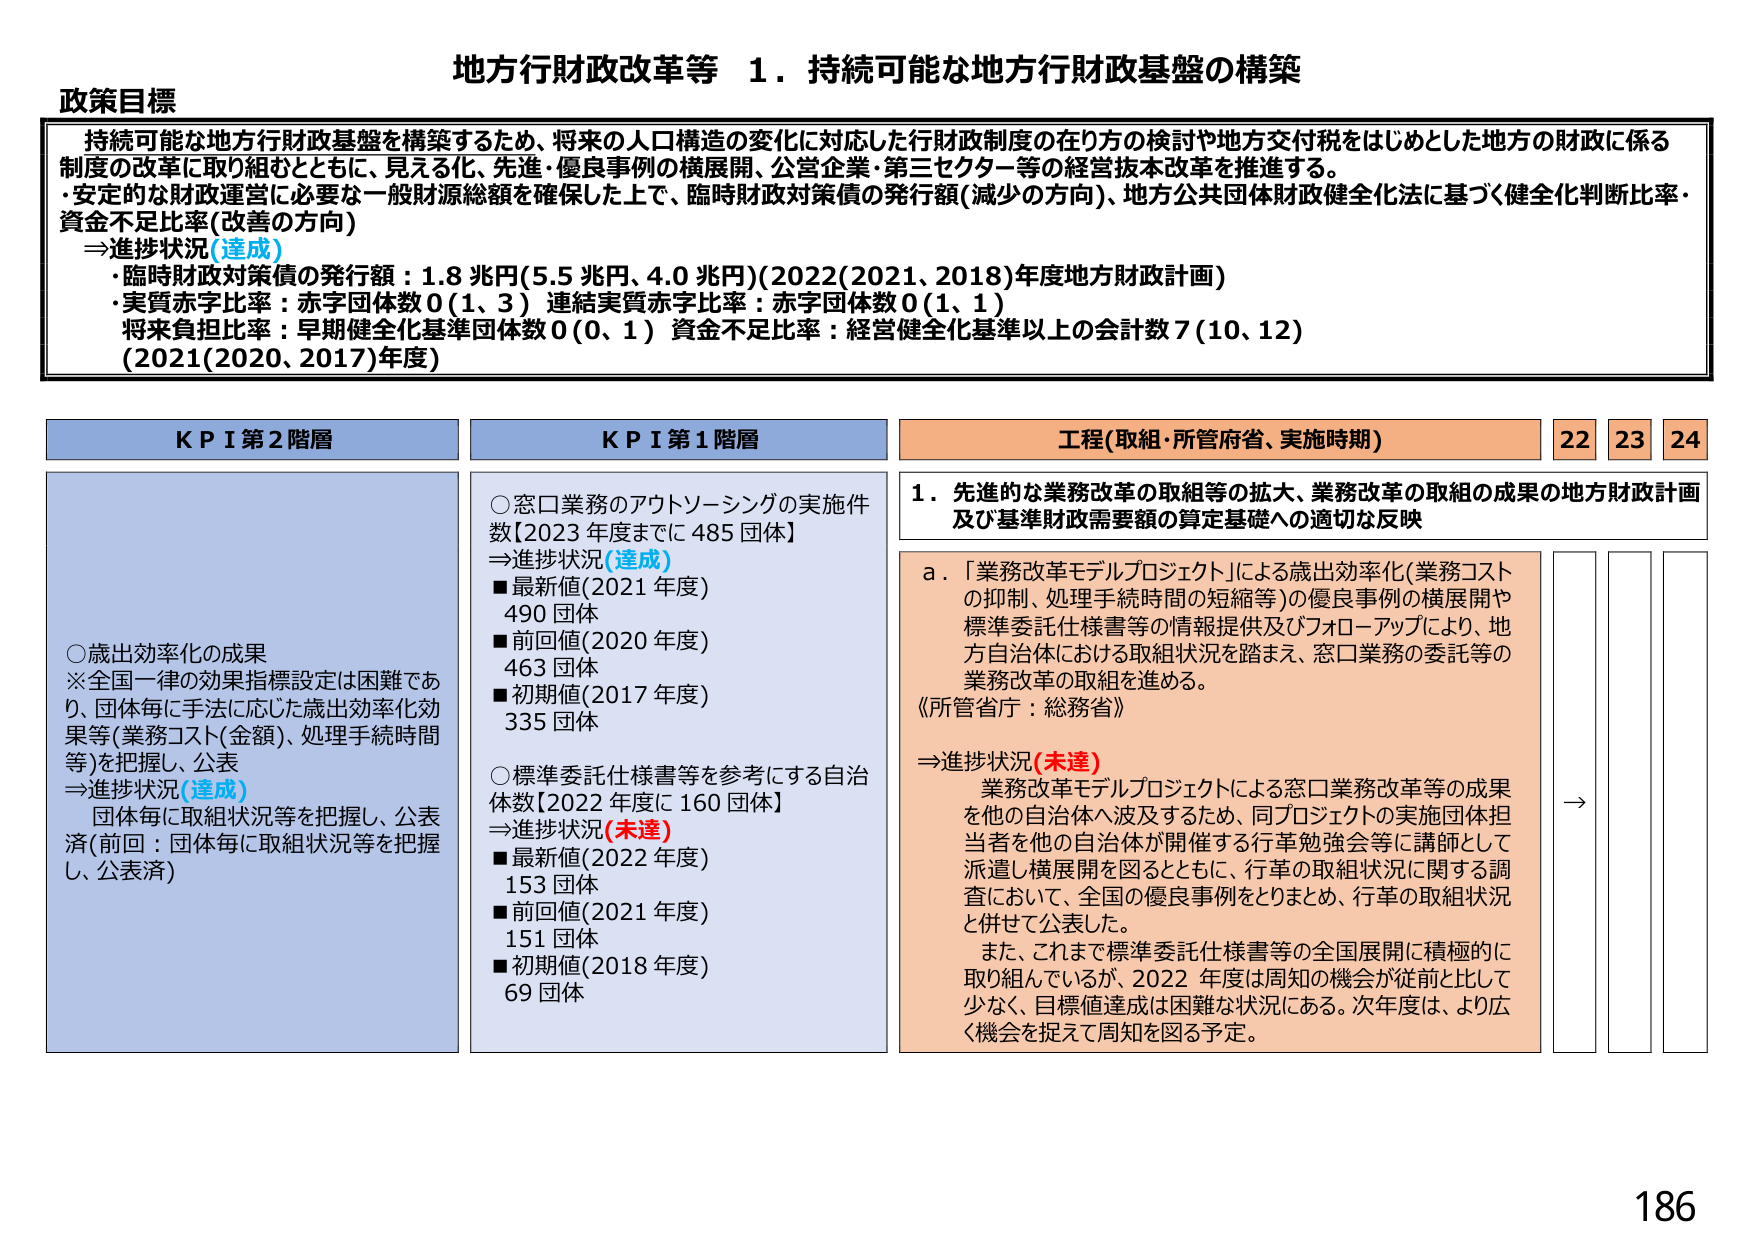
地方行財政改革等 1．持続可能な地方行財政基盤の構築

政策目標
持続可能な地方行財政基盤を構築するため、将来の人口構造の変化に対応した行財政制度の在り方の検討や地方交付税をはじめとした地方の財政に係る制度の改革に取り組むとともに、見える化、先進・優良事例の横展開、公営企業・第三セクター等の経営抜本改革を推進する。
・安定的な財政運営に必要な一般財源総額を確保した上で、臨時財政対策債の発行額（減少の方向）、地方公共団体財政健全化法に基づく健全化判断比率・資金不足比率（改善の方向）
⇒進捗状況（達成）
・臨時財政対策債の発行額：1.8 兆円（5.5 兆円、4.0 兆円）（2022（2021、2018）年度地方財政計画）
・実質赤字比率：赤字団体数 0（1、3） 連結実質赤字比率：赤字団体数 0（1、1）
将来負担比率：早期健全化基準団体数 0（0、1） 資金不足比率：経営健全化基準以上の会計数 7（10、12）
（2021（2020、2017）年度）

KPI 第2階層
○歳出効率化の成果
※全国一律の効果指標設定は困難であり、団体毎に手法に応じた歳出効率化効果等（業務コスト（金額）、処理手続時間等）を把握し、公表
⇒進捗状況（達成）
団体毎に取組状況等を把握し、公表済（前回：団体毎に取組状況等を把握し、公表済）

KPI 第1階層
○窓口業務のアウトソーシングの実施件数【2023 年度までに 485 団体】
⇒進捗状況（達成）
■最新値（2021 年度） 490 団体
■前回値（2020 年度） 463 団体
■初期値（2017 年度） 335 団体

○標準委託仕様書等を参考にする自治体数【2022 年度に 160 団体】
⇒進捗状況（未達）
■最新値（2022 年度） 153 団体
■前回値（2021 年度） 151 団体
■初期値（2018 年度） 69 団体

工程（取組・所管府省、実施時期） 22 23 24
1．先進的な業務改革の取組等の拡大、業務改革の取組の成果の地方財政計画及び基準財政需要額の算定基礎への適切な反映

a．「業務改革モデルプロジェクト」による歳出効率化（業務コストの抑制、処理手続時間の短縮等）の優良事例の横展開や標準委託仕様書等の情報提供及びフォロー・アップにより、地方自治体における取組状況を踏まえ、窓口業務の委託等の業務改革の取組を進める。
《所管省庁：総務省》

⇒進捗状況（未達）
業務改革モデルプロジェクトによる窓口業務改革等の成果を他の自治体へ波及するため、同プロジェクトの実施団体担当者を他の自治体が開催する行革勉強会等に講師として派遣し横展開を図るとともに、行革の取組状況に関する調査において、全国の優良事例をとりまとめ、行革の取組状況と併せて公表した。
また、これまで標準委託仕様書等の全国展開に積極的に取り組んでいるが、2022 年度は周知の機会が従前と比べて少なく、目標値達成は困難な状況にある。次年度は、より広く機会を捉えて周知を図る予定。

→

186